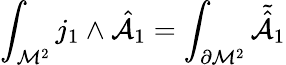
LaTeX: \int_{{\cal M}^{2}}j_{1}\wedge{\hat{\cal A}}_{1}=\int_{\partial{\cal M}^{2}}{\tilde{\hat{\cal A}}}_{1}